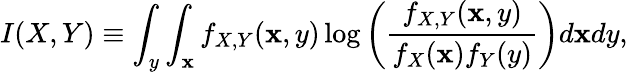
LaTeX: I(X,Y)\equiv\int_{y}\int_{\mathbf{x}}f_{X,Y}(\mathbf{x},y)\log\left(\frac{{f_{X,Y}(\mathbf{x},y)}}{{f_{X}(\mathbf{x})f_{Y}(y)}}\right)d\mathbf{x}dy,